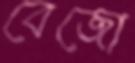
বেজো